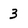
Character: 3